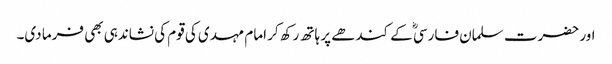
اور حضرت سلمان فارسیؓ کے کندھے پر ہاتھ رکھ کر امام مہدی کی قوم کی نشاندہی بھی فرما دی۔